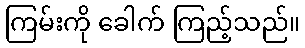
ကြမ်းကို ခေါက် ကြည့်သည်။